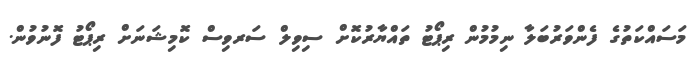
މަސައްކަތުގެ ފެންވަރުބަލާ ނިމުމުން ރިޕޯޓު ތައްޔާރުކޮށް ސިވިލް ސަރވިސް ކޮމިޝަނަށް ރިޕޯޓު ފޮނުވުން.